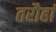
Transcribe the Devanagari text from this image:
तरौहां